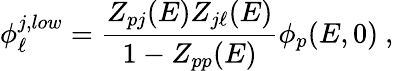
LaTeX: \phi_{\ell}^{j,low}={\frac{Z_{pj}(E)Z_{j\ell}(E)}{1-Z_{pp}(E)}}\phi_{p}(E,0)\ ,